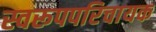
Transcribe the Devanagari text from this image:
स्वरूपपरिचायक